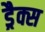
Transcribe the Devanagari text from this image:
ड्रैक्स